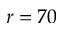
r = 7 0